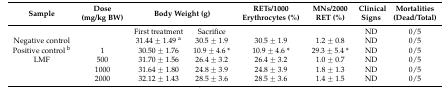
<table><thead><tr><td><b>Sample</b></td><td><b>Dose (mg/kg BW)</b></td><td colspan="2"><b>Body Weight (g)</b></td><td><b>RETs/1000 Erythrocytes (%)</b></td><td><b>MNs/2000 RET (%)</b></td><td><b>Clinical Signs</b></td><td><b>Mortalities (Dead/Total)</b></td></tr></thead><tbody><tr><td></td><td></td><td>First treatment</td><td>Sacrifice</td><td></td><td></td><td>ND</td><td>0/5</td></tr><tr><td>Negative control</td><td></td><td>31.44 ± 1.49 <sup>a</sup></td><td>30.5 ± 1.9</td><td>30.5 ± 1.9</td><td>1.2 ± 0.8</td><td>ND</td><td>0/5</td></tr><tr><td>Positive control <sup>b</sup></td><td>1</td><td>30.50 ± 1.76</td><td>10.9 ± 4.6 *</td><td>10.9 ± 4.6 *</td><td>29.3 ± 5.4 *</td><td>ND</td><td>0/5</td></tr><tr><td>LMF</td><td>500</td><td>31.70 ± 1.56</td><td>26.4 ± 3.2</td><td>26.4 ± 3.2</td><td>1.0 ± 0.7</td><td>ND</td><td>0/5</td></tr><tr><td></td><td>1000</td><td>31.64 ± 1.80</td><td>24.8 ± 3.9</td><td>24.8 ± 3.9</td><td>1.8 ± 1.3</td><td>ND</td><td>0/5</td></tr><tr><td></td><td>2000</td><td>32.12 ± 1.43</td><td>28.5 ± 3.6</td><td>28.5 ± 3.6</td><td>1.4 ± 1.5</td><td>ND</td><td>0/5</td></tr></tbody></table>